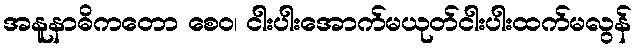
အနူနာဓိကတော စေဝ၊ ငါးပါးအောက်မယုတ်ငါးပါးထက်မလွန်